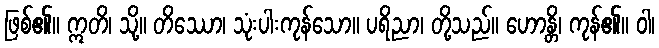
ဖြစ်၏။ ဣတိ၊ သို့။ တိဿော၊ သုံးပါးကုန်သော။ ပရိညာ၊ တို့သည်။ ဟောန္တိ၊ ကုန်၏။ ဝါ၊